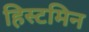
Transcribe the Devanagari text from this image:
हिस्टमिन